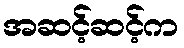
အဆင့်ဆင့်က